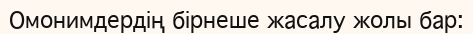
Омонимдердің бірнеше жасалу жолы бар: